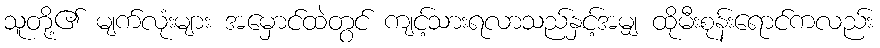
သူတို့၏ မျက်လုံးများ အမှောင်ထဲတွင် ကျင့်သားရလာသည်နှင့်အမျှ ထိုမီးစုန်းရောင်ကလည်း